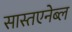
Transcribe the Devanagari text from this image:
सास्तएनेब्ल